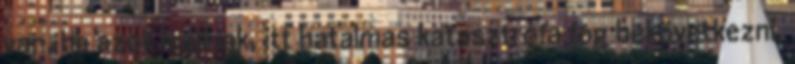
van, ha azok leállnak, itt hatalmas katasztrófa fog bekövetkezni.